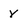
Character: Y